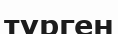
түрген